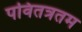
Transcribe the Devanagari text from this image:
पवितत्रतम